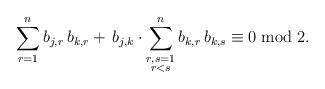
LaTeX: \begin{align*} \sum_{r=1}^n b_{j,r}\,b_{k,r}+\,b_{j,k}\cdot\sum_{\substack{r,s=1\\ r<s}}^n b_{k,r}\,b_{k,s}\equiv 0\bmod2. \end{align*}